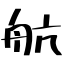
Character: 航